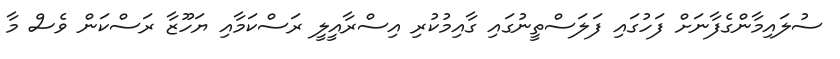
ސުލައިމާންގެފާނަށް ފަހުގައި ފަލަސްތީނުގައި ގާއިމުކުރި އިސްރާއީލީ ރަސްކަމާއި ޔަހޫޒާ ރަސްކަން ވެސް މާ